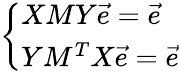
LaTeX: \left\{ \begin{array}{ll}{XMY\vec{e}=\vec{e}}\\ {YM^{T}X\vec{e}=\vec{e}}\end{array}\right.